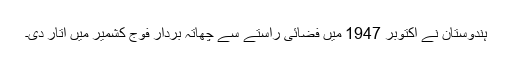
ہندوستان نے اکتوبر 1947 میں فضائی راستے سے چھاتہ بردار فوج کشمیر میں اتار دی۔